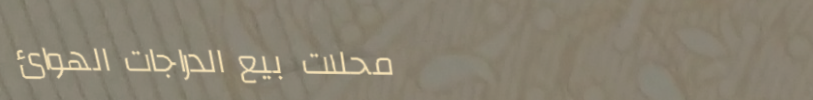
محلات بيع الدراجات الهوائ